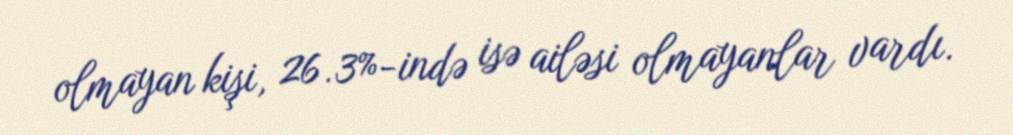
olmayan kişi, 26.3%-ində isə ailəsi olmayanlar vardı.